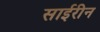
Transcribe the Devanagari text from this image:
साईरीन